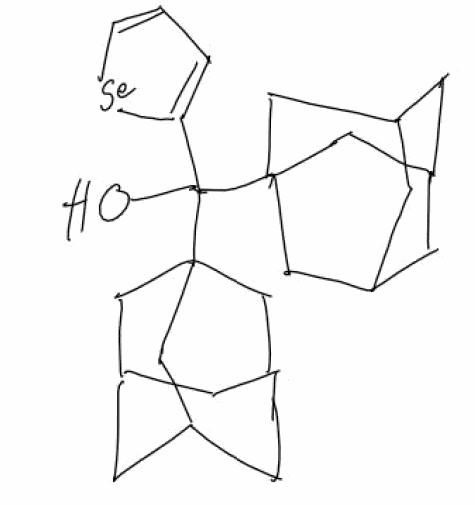
Simplified molecular-input line-entry system (SMILES) notation of the given molecule:
C1C2CC3CC1CC(C2)(C3)C(C4=CC=C[Se]4)(C56CC7CC(C5)CC(C7)C6)O